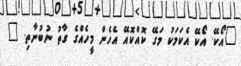
"އޯކޭ. އޯކޭ އެކަމަކު މަގޭ ކޮއްކޮއޭ އެހެން މީހެއްގެ ގާތު ނުބުނާތި. "